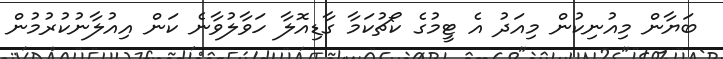
ބަޔާން މިއުނިކުން މިއަދު އެ ޓީމުގެ ކޯޗުކަމާ ގާޑިއޮލާ ހަވާލުވާނެ ކަން އިއުލާނުކުރުމުން